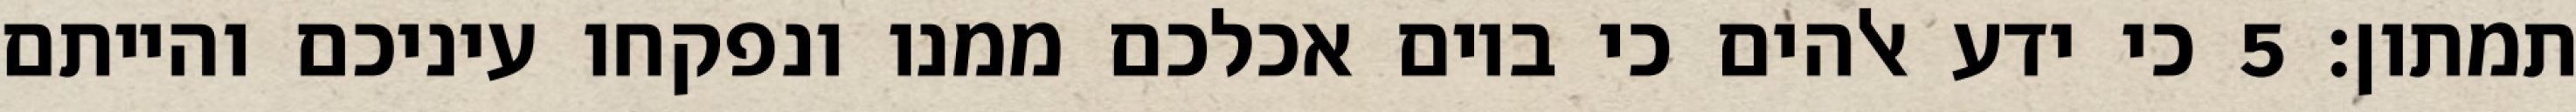
תמתון׃ ‎5‏ כי ידע אלהים כי ביום אכלכם ממנו ונפקחו עיניכם והייתם